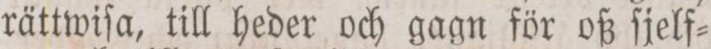
rättwiſa, till heder och gagn för oß ſjelf=